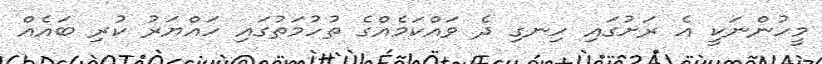
މީހުންނަކީ އެ ރަށުގައި ހިނގި ދެ ވައްކަމެއްގެ ތުހުމަތުގައި ހައްޔަރު ކުރި ބައެއް